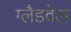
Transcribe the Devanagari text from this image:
ग्लैडवेल